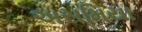
અસમિયા